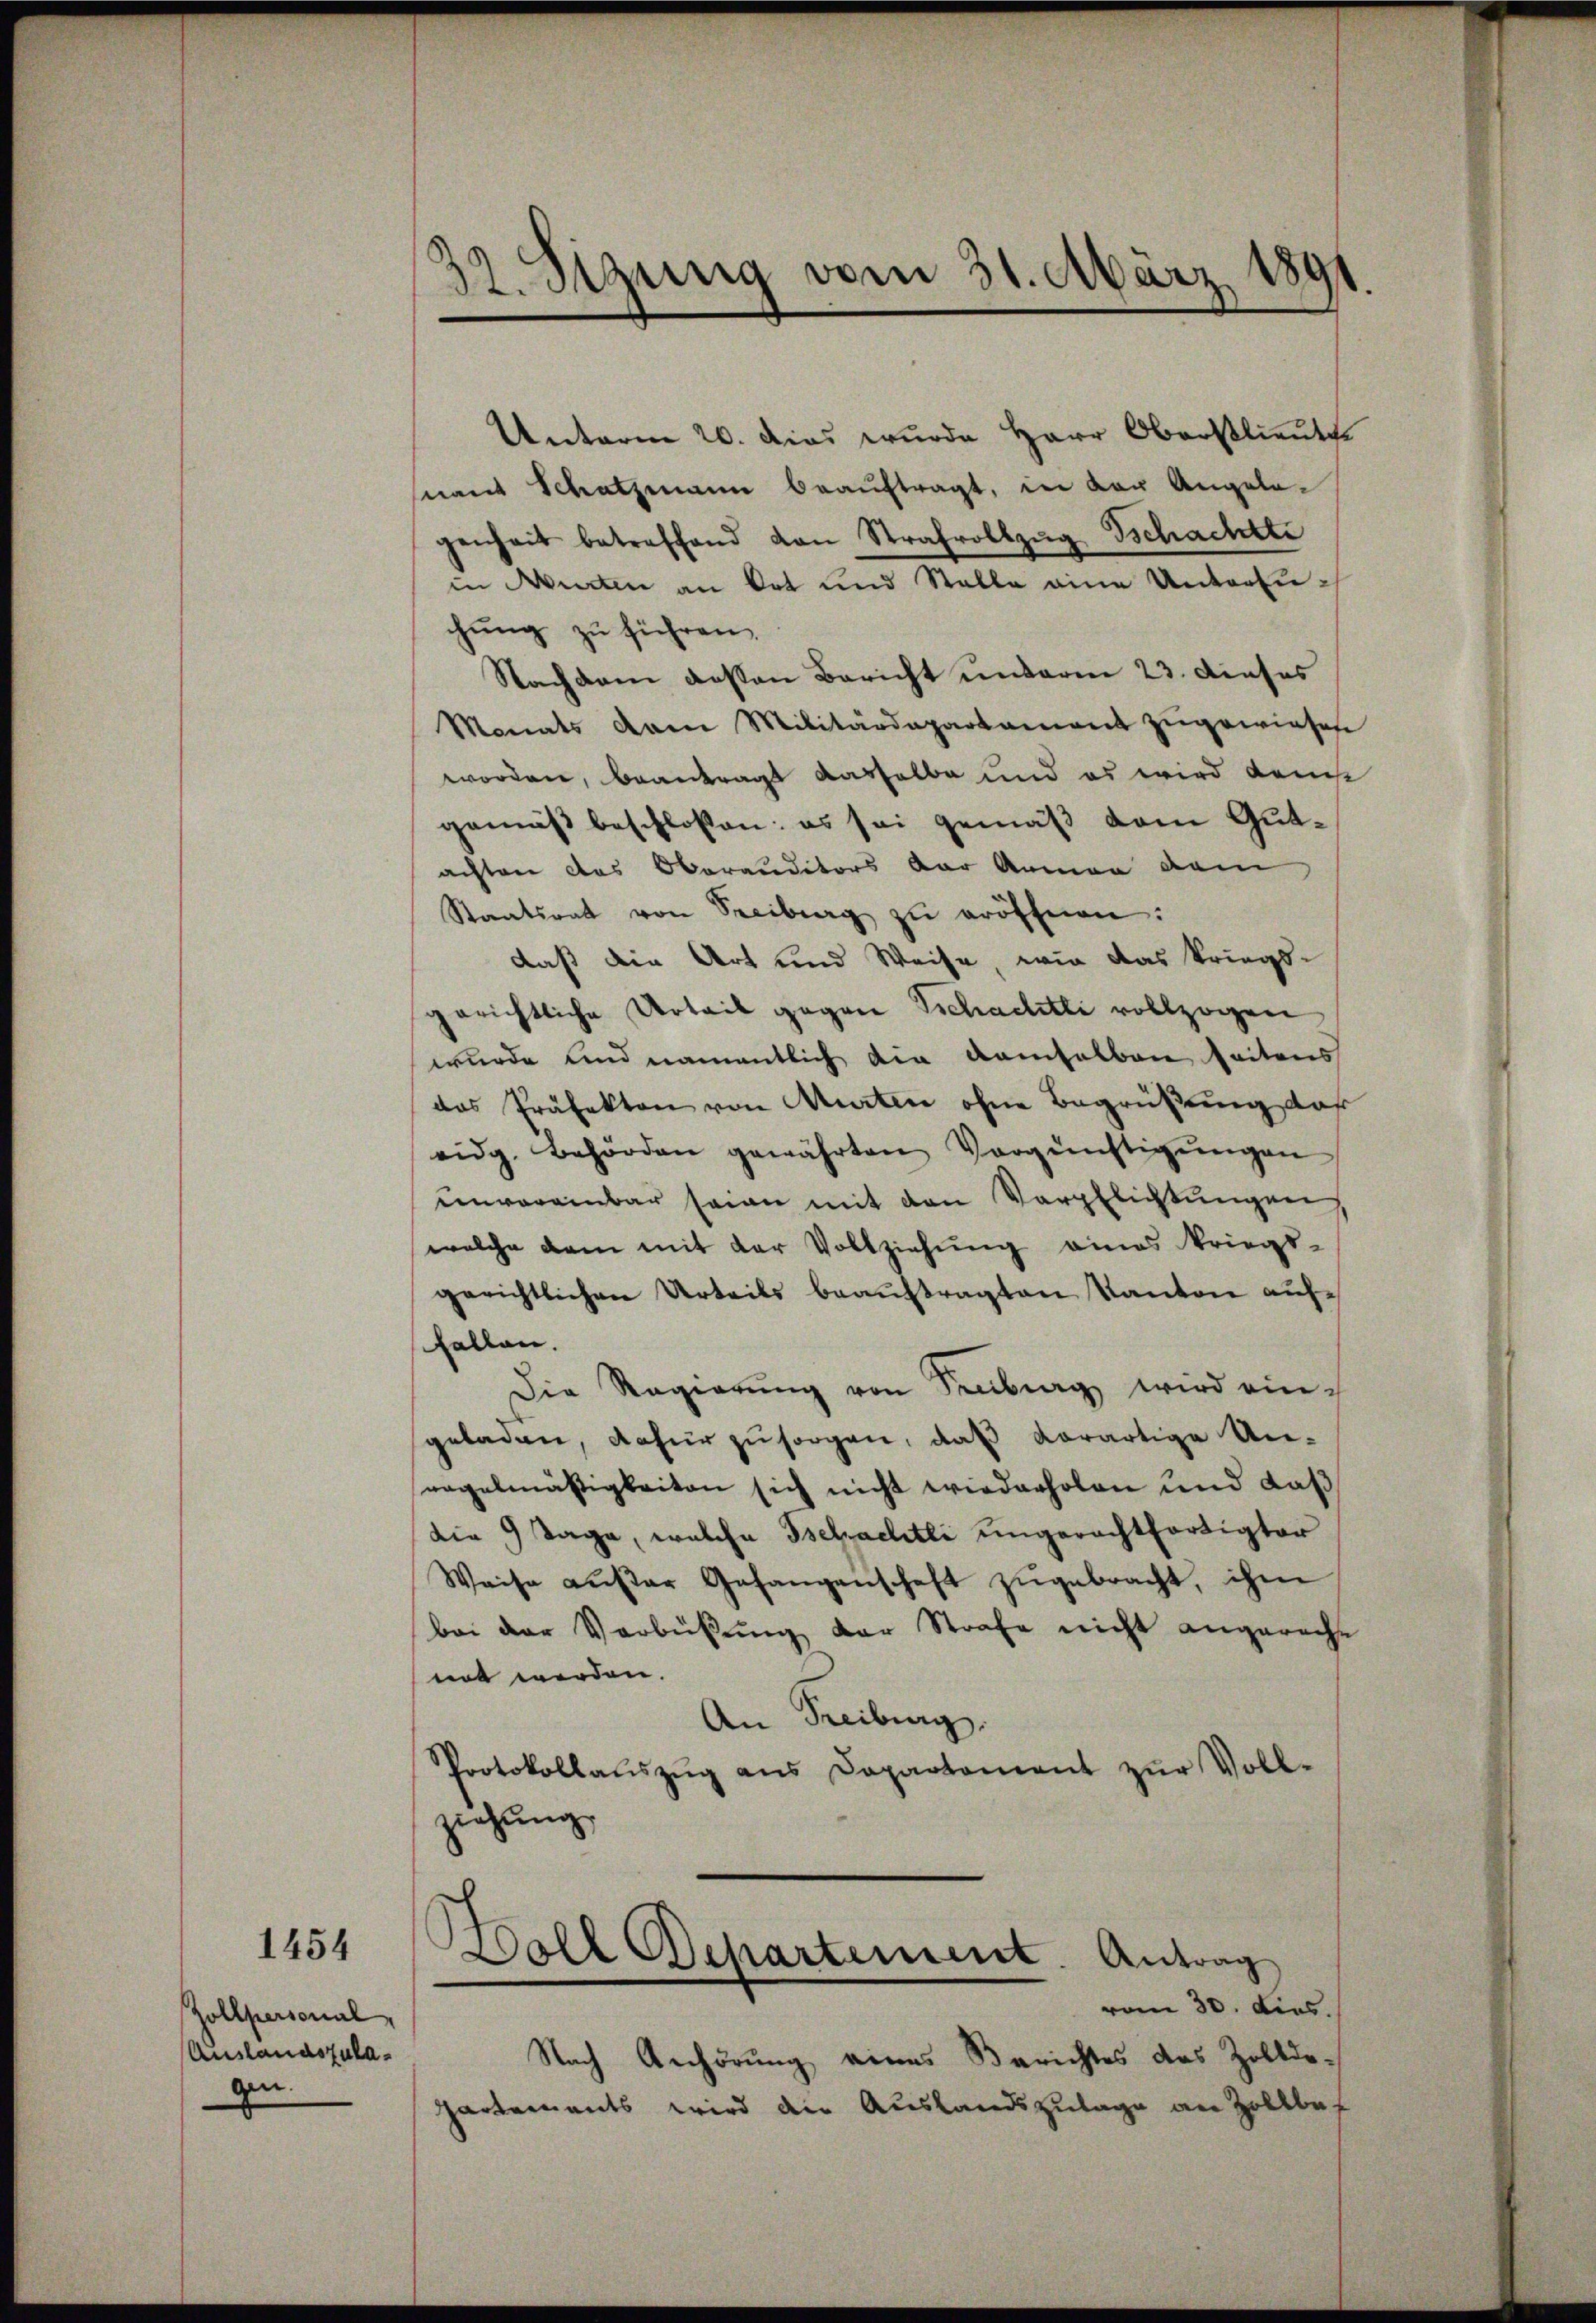
1454

Zollpersonal
Auslandszulagen

32. Segung vom 31. März 1891

Unterm 20. dies wurde Herr Oberstlieute
nant Schatzmann beauftragt, in der Angelagenheit betreffend von Strafvollzŭg Tschachtte
in Wirten an Ort und Stelle eine Unterenchung zu führen.
Nachdem dessen Bericht unterm 23. dieses
Monats vom Militärdepartament zugewiesen
worden, beantragt dasselbe und es wird danst
gemäß beschlossen: es sei gemäß dem Gutachten das Oberanditors der Armen dem
Staatsrat von Seeiburg zŭ eröffnen:
daß die Art und Weise, wie das kriegsgerichtliche Urteil gegen Sichaelitte vollzogen
wurde und namentlich die demselben seitens
das Präfekten von Murten ohne Begrüßung, daß
eidg. Behörden gewährten Vergünstigŭngen
eenvereinbar seine mit den Verpflichtungen,
welche dem mit der Vollziehung eines kriegs-
gerichtlichen Urteils beauftragten Kanton auffallen.
Die Regierŭng von Seeberg wird eingeladen, dafür zu sorgen, daß derartige Unregelmäßigkeiten sich nicht wiederholen und daß
Die 9 Tage, welche Bselzachtli ungerechtfertigter
Weise aŭβer Gefangenschaft zŭgebracht, ihm
bei der Verbüβŭng der Strafe nicht angereche
net werden.
An Freiburg.
Protokollaŭszŭg ans Departement zŭr Voll-
ziehung

Holl Departement. Antrag
vom 30. dies.

Nach Anhörung eines Berichtes des Zolldo-
partements wird die Auslandszulage an Zollbar